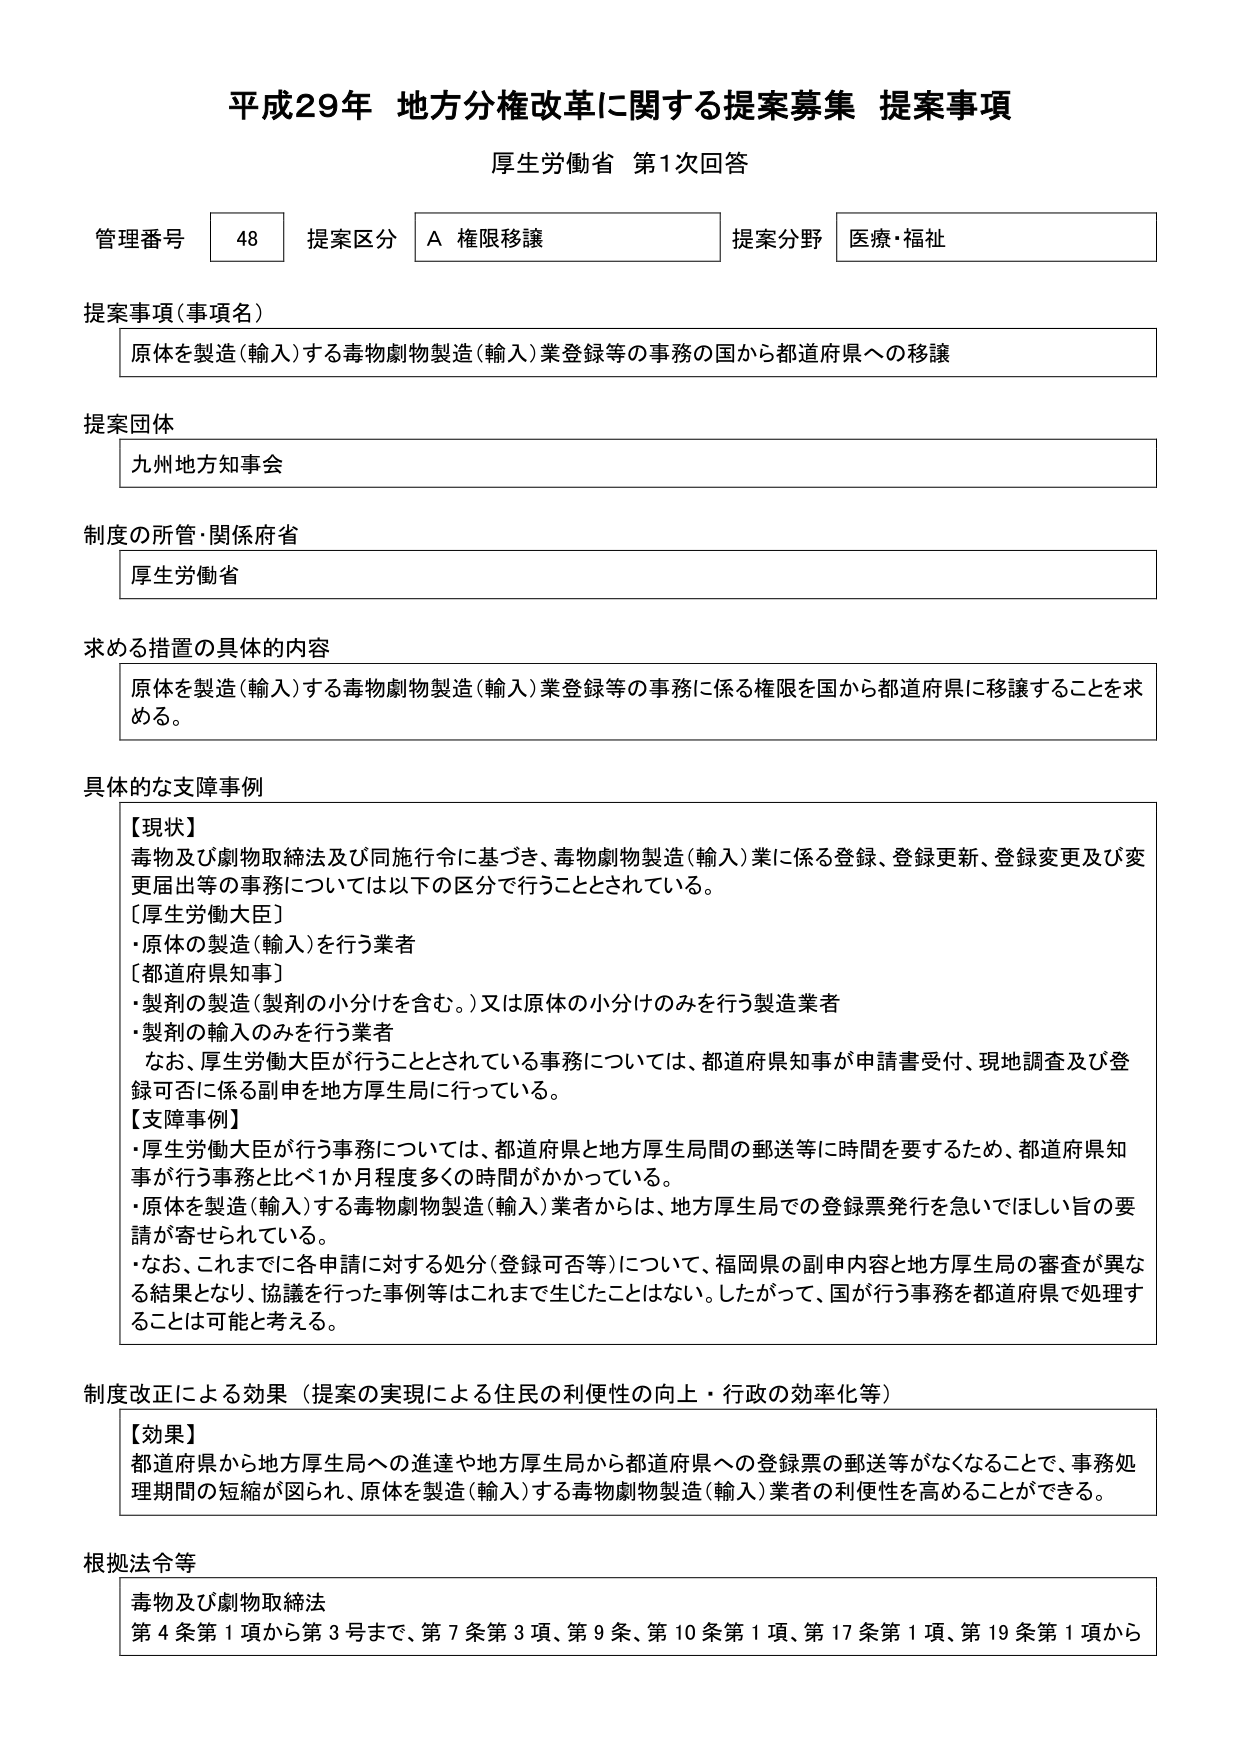
平成29年 地方分権改革に関する提案募集 提案事項
厚生労働省 第1次回答

管理番号 48 提案区分 A 権限移譲 提案分野 医療・福祉

提案事項（事項名）
原体を製造（輸入）する毒物劇物製造（輸入）業登録等の事務の国から都道府県への移譲

提案団体
九州地方知事会

制度の所管・関係府省
厚生労働省

求める措置の具体的内容
原体を製造（輸入）する毒物劇物製造（輸入）業登録等の事務に係る権限を国から都道府県に移譲することを求める。

具体的な支障事例
【現状】
毒物及び劇物取締法及び同施行令に基づき、毒物劇物製造（輸入）業に係る登録、登録更新、登録変更及び変更届出等の事務については以下の区分で行うこととされている。
［厚生労働大臣］
・原体の製造（輸入）を行う業者
［都道府県知事］
・製剤の製造（製剤の小分けを含む。）又は原体の小分けのみを行う製造業者
・製剤の輸入のみを行う業者
なお、厚生労働大臣が行うこととされている事務については、都道府県知事が申請書受付、現地調査及び登録可否に係る副申を地方厚生局に行っている。
【支障事例】
・厚生労働大臣が行う事務については、都道府県と地方厚生局間の郵送等に時間を要するため、都道府県知事が行う事務と比べ1か月程度多くの時間がかかっている。
・原体を製造（輸入）する毒物劇物製造（輸入）業者からは、地方厚生局での登録票発行を急いでほしい旨の要請が寄せられている。
・なお、これまでに各申請に対する処分（登録可否等）について、福岡県の副申内容と地方厚生局の審査が異なる結果となり、協議を行った事例等はこれまで生じたことはない。したがって、国が行う事務を都道府県で処理することは可能と考える。

制度改正による効果（提案の実現による住民の利便性の向上・行政の効率化等）
【効果】
都道府県から地方厚生局への進達や地方厚生局から都道府県への登録票の郵送等がなくなることで、事務処理期間の短縮が図られ、原体を製造（輸入）する毒物劇物製造（輸入）業者の利便性を高めることができる。

根拠法令等
毒物及び劇物取締法
第4条第1項から第3号まで、第7条第3項、第9条、第10条第1項、第17条第1項、第19条第1項から